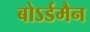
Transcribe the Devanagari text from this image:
बोऽर्डमैन